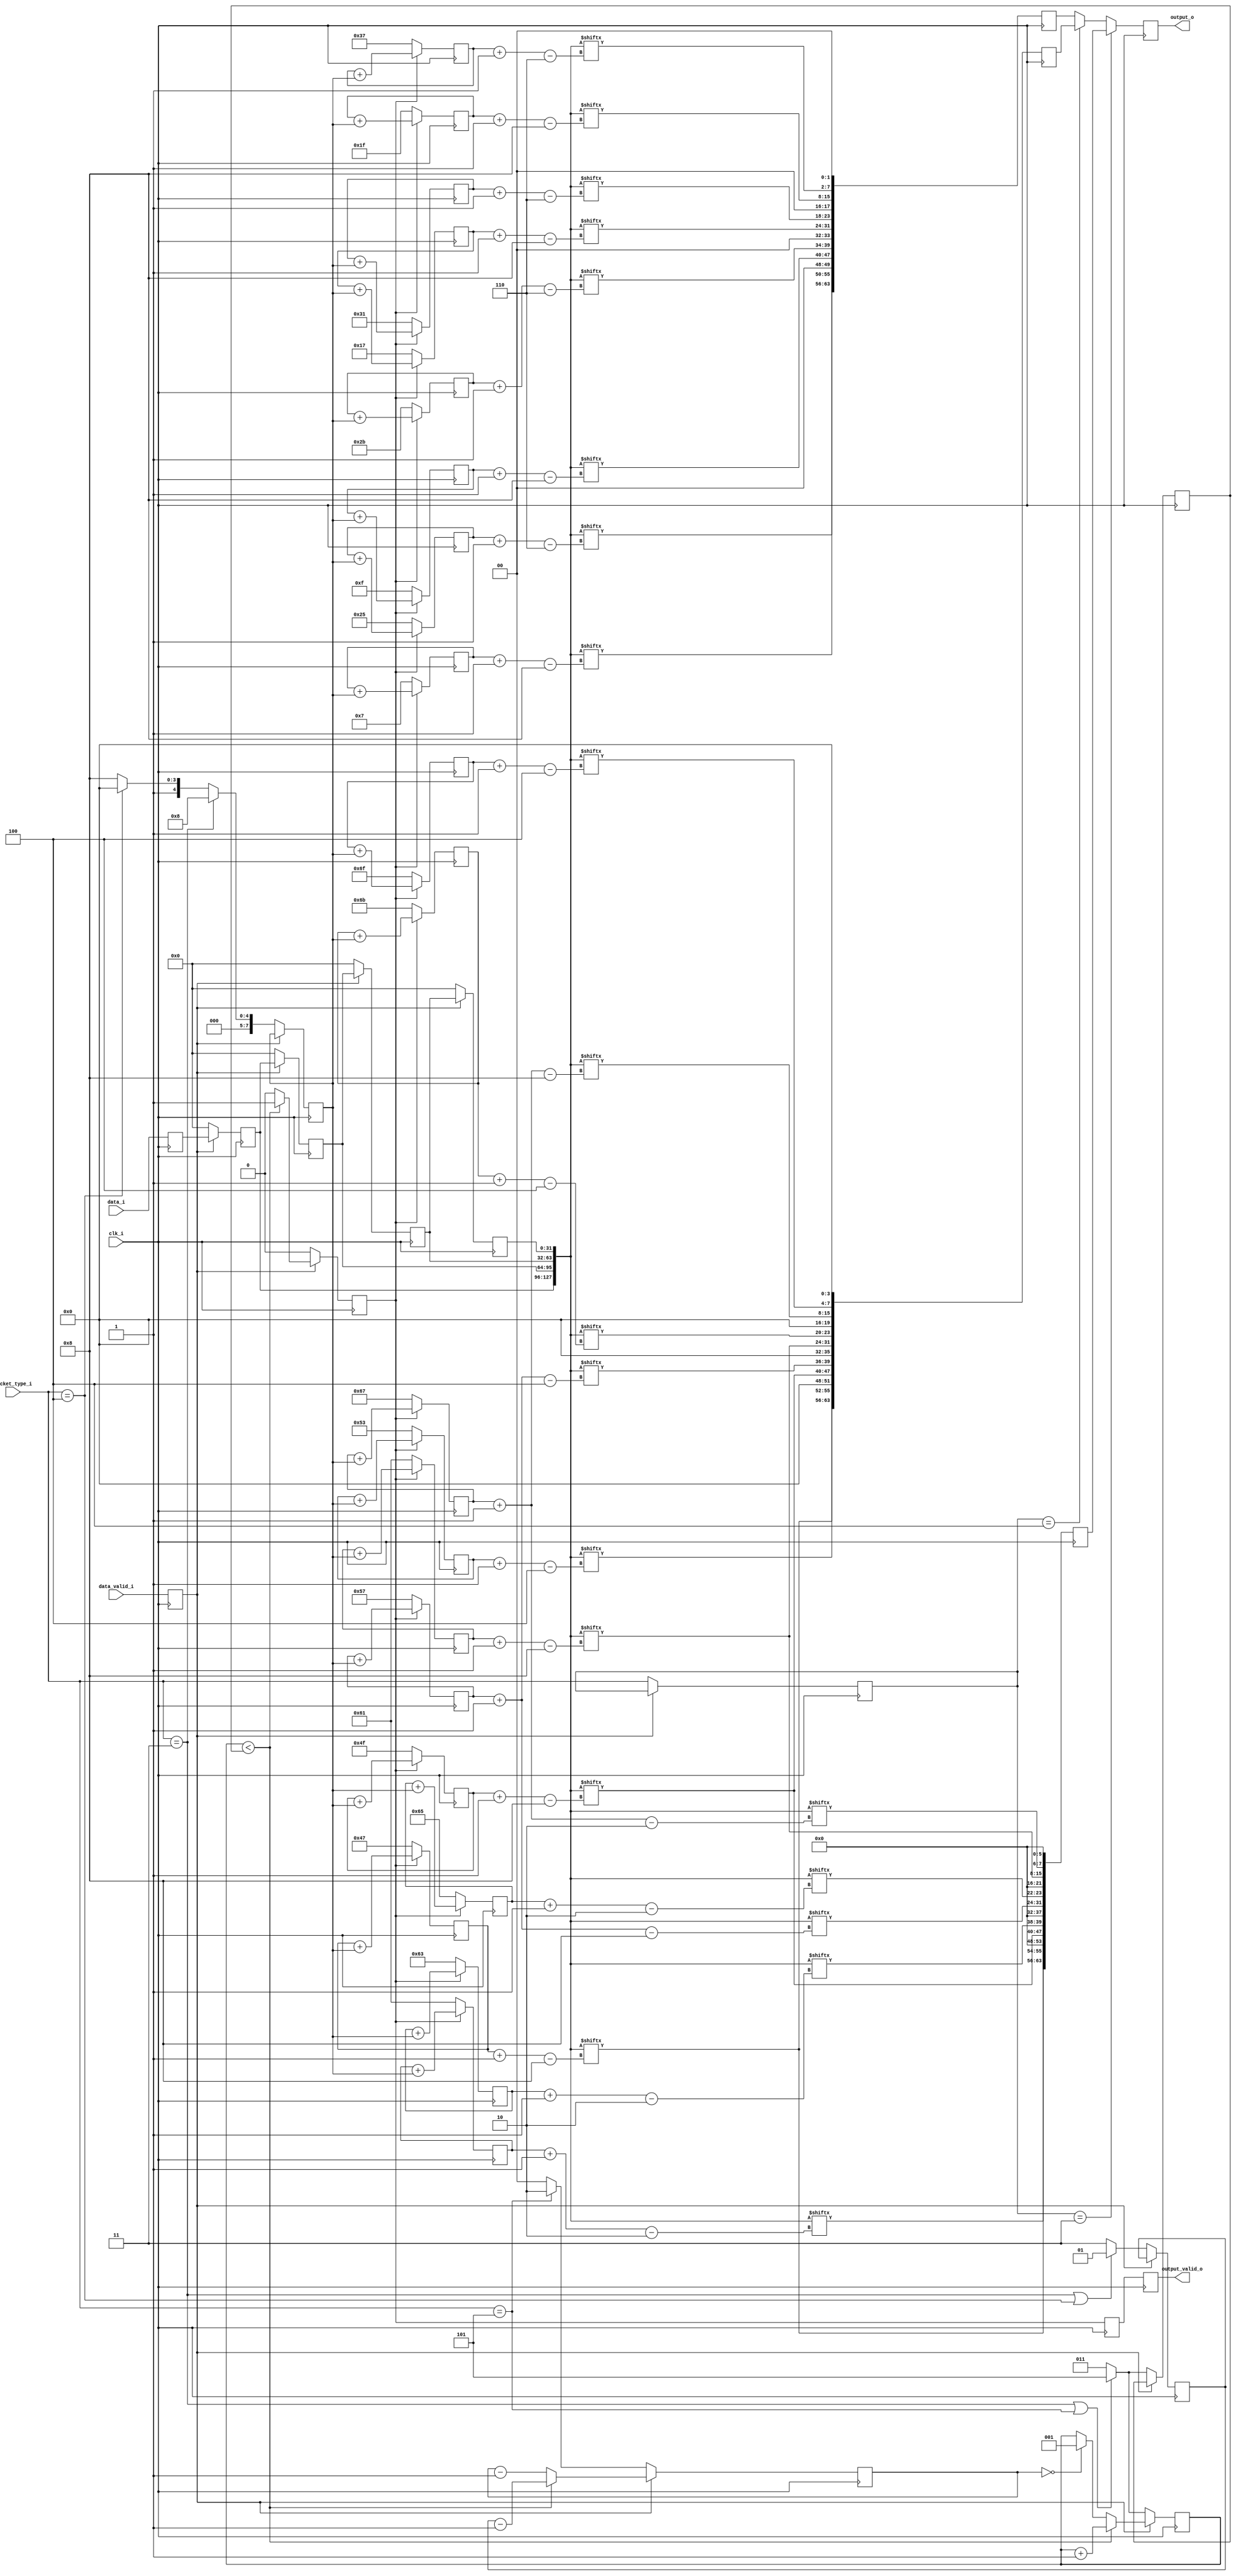
`timescale 1ns/1ns

/*
MIPI CSI RX to Parallel Bridge (c) by Gaurav Singh www.CircuitValley.com

MIPI CSI RX to Parallel Bridge is licensed under a
Creative Commons Attribution 3.0 Unported License.

You should have received a copy of the license along with this
work.  If not, see <http://creativecommons.org/licenses/by/3.0/>.
*/

/*
Receives 4 lane raw mipi bytes from packet decoder, rearrange bytes to output 4 pixel 10bit each 
output is one clock cycle delayed, because the way , MIPI RAW10 is packed 
output come in group of 5x40bit chunk on each clock cycle, output_valid_o remains active only while 20 pixel chunk is outputted 
*/

module mipi_rx_raw_depacker(	clk_i,
								data_valid_i,
								data_i,
								packet_type_i,
								output_valid_o,
								output_o);

localparam [2:0]TRANSFERS_PERCHUNK= 3'h5; // RAW 10 is packed <Sample0[9:2]> <Sample1[9:2]> <Sample2[9:2]> <Sample3[9:2]> <Sample0[1:0],Sample1[1:0],Sample2[1:0],Sample3[1:0]>
localparam [7:0]MIPI_CSI_PACKET_10bRAW = 8'h2B;
localparam [7:0]MIPI_CSI_PACKET_12bRAW = 8'h2C;
localparam [7:0]MIPI_CSI_PACKET_14bRAW = 8'h2D;

input clk_i;
input data_valid_i;
input [31:0]data_i;
input [2:0]packet_type_i;

output reg output_valid_o;
output reg [63:0]output_o; 

reg [7:0]offset;

reg [7:0]offset_7;
reg [7:0]offset_15;
reg [7:0]offset_23;
reg [7:0]offset_31;
reg [7:0]offset_37;
reg [7:0]offset_43;
reg [7:0]offset_49;
reg [7:0]offset_55;
reg [7:0]offset_71;
reg [7:0]offset_79;
reg [7:0]offset_83;
reg [7:0]offset_87;
reg [7:0]offset_95;
reg [7:0]offset_97;
reg [7:0]offset_99;
reg [7:0]offset_101;
reg [7:0]offset_103;
reg [7:0]offset_107;
reg [7:0]offset_111;
			
			
reg [2:0]byte_count;
reg [31:0]last_data_i[3:0];
reg [1:0]idle_count;

reg data_valid_reg;
reg [31:0]data_reg;
reg [7:0]offset_factor_reg;
reg [2:0]burst_length_reg;
reg [1:0]idle_length_reg;
reg [2:0]packet_type_reg;

wire [7:0]offset_factor;
wire [2:0]burst_length;
wire [1:0]idle_length;
wire [127:0]word;

reg [63:0]output_10b;
reg [63:0]output_12b;
reg [63:0]output_14b;
reg output_valid_reg;
reg output_valid_reg_2;

assign word = {last_data_i[0], last_data_i[1], last_data_i[2],last_data_i[3]}; //would need last bytes as well as current data to get full 4 pixel

assign offset_factor = (packet_type_i == (MIPI_CSI_PACKET_10bRAW & 8'h07))? 8'd8: (packet_type_i == (MIPI_CSI_PACKET_12bRAW & 8'h07))? 8'd16:8'd24;
					   
assign burst_length =  ((packet_type_i == (MIPI_CSI_PACKET_10bRAW & 8'h07)) || (packet_type_i == (MIPI_CSI_PACKET_14bRAW & 8'h07)))? 8'd5:8'd3;		   
						
assign idle_length =  ((packet_type_i == (MIPI_CSI_PACKET_10bRAW & 8'h07)) || (packet_type_i == (MIPI_CSI_PACKET_12bRAW & 8'h07)))? 2'd1: 2'd3;

reg [15:0]pixel_counter_depacker;

always @(posedge clk_i)
begin
	output_10b[63:48] <= 	{word [(offset_71) -:8], 	word [(offset_97) -:2]} << 6; 		//lane 1 	TODO:Reverify 
	output_10b[47:32] <= 	{word [(offset_79) -:8], 	word [(offset_99) -:2]} << 6;		
	output_10b[31:16] <= 	{word [(offset_87) -:8], 	word [(offset_101) -:2]} << 6;
	output_10b[15:0]  <= 	{word [(offset_95) -:8], 	word [(offset_103) -:2]} << 6;		//lane 4
	output_12b[63:48] <= 	{word [(offset_71) -:8], 	word [(offset_83) -:4]} << 4; 		//lane 1
	output_12b[47:32] <= 	{word [(offset_79) -:8], 	word [(offset_87) -:4]} << 4;
	output_12b[31:16] <= 	{word [(offset_95) -:8], 	word [(offset_107) -:4]} << 4;
	output_12b[15:0]  <= 	{word [(offset_103) -:8], 	word [(offset_111) -:4]} << 4;		//lane 4
	output_14b[63:48] <= 	{word [offset_7 -:8], 	word [(offset_37) -:6]} << 2; 		//lane 1
	output_14b[47:32] <= 	{word [offset_15 -:8], 	word [(offset_43) -:6]} << 2;
	output_14b[31:16] <= 	{word [offset_23 -:8], 	word [(offset_49) -:6]} << 2;
	output_14b[15:0]  <= 	{word [offset_31 -:8], 	word [(offset_55) -:6]} << 2;		//lane 4
	
	if (packet_type_reg == (MIPI_CSI_PACKET_10bRAW & 8'h07))
	begin
		output_o <= output_10b;
	end
	else if (packet_type_reg == (MIPI_CSI_PACKET_12bRAW & 8'h07))
	begin		
		output_o <= output_12b;
	end
	else // if (packet_type_i == (MIPI_CSI_PACKET_14bRAW & 8'h07))
	begin
		output_o <= output_14b;
	end
	
end


always @(posedge clk_i)
begin
	
		output_valid_reg_2 <= output_valid_reg;
		output_valid_o <= output_valid_reg_2;
		
		if (output_valid_reg)
		begin
			
			offset_7  <= offset_7 + offset_factor_reg;
			offset_15 <= offset_15 + offset_factor_reg;
			offset_23 <= offset_23 + offset_factor_reg;
			offset_31 <= offset_31 + offset_factor_reg;
			offset_37 <= offset_37 + offset_factor_reg;
			offset_43 <= offset_43 + offset_factor_reg;
			offset_49 <= offset_49 + offset_factor_reg;
			offset_55 <= offset_55 + offset_factor_reg;
			offset_71 <= offset_71 + offset_factor_reg;
			offset_79 <= offset_79 + offset_factor_reg;
			offset_83 <= offset_83 + offset_factor_reg;
			offset_87 <= offset_87 + offset_factor_reg;
			offset_95 <= offset_95 + offset_factor_reg;
			offset_97 <= offset_97 + offset_factor_reg;
			offset_99 <= offset_99 + offset_factor_reg;
			offset_101 <= offset_101 + offset_factor_reg;
			offset_103 <= offset_103 + offset_factor_reg;
			offset_107 <= offset_107 + offset_factor_reg;
			offset_111 <= offset_111 + offset_factor_reg;
			
		end
		else
		begin
			offset_7  <= 8'd7;
			offset_15 <= 8'd15;
			offset_23 <= 8'd23;
			offset_31 <= 8'd31;
			offset_37 <= 8'd37;
			offset_43 <= 8'd43;
			offset_49 <= 8'd49;
			offset_55 <= 8'd55;
			offset_71 <= 8'd71;
			offset_79 <= 8'd79;
			offset_83 <= 8'd83;
			offset_87 <= 8'd87;
			offset_95 <= 8'd97;
			offset_97 <= 8'd97;
			offset_99 <= 8'd99;
			offset_101 <= 8'd101;
			offset_103 <= 8'd103;
			offset_107 <= 8'd107;
			offset_111 <= 8'd111;
		end
end

always @(posedge clk_i )//or negedge data_valid_reg)
begin
	
	if (data_valid_reg)
	begin

		
		last_data_i[0] <= data_reg;
		last_data_i[1] <= last_data_i[0];
		last_data_i[2] <= last_data_i[1];
		last_data_i[3] <= last_data_i[2];
		pixel_counter_depacker <= pixel_counter_depacker + 1'b1;
		//RAW 10 , Byte1 -> Byte2 -> Byte3 -> Byte4 -> [ LSbB1[1:0] LSbB2[1:0] LSbB3[1:0] LSbB4[1:0] ]
		

		if (byte_count < (burst_length_reg))
		begin
			byte_count <= byte_count + 1'd1;
			idle_count <= idle_length_reg - 1'b1;			
			
			output_valid_reg <= 1'b1;
			
		end
		else
		begin
			idle_count <= idle_count - 1'b1;
			if (!idle_count)
			begin
				byte_count <= 4'b1;		//set to 1 to enable output_valid_o with next edge
			end

			output_valid_reg <= 1'h0;
		end


	end
	else
	begin
		pixel_counter_depacker <= 0; 
		last_data_i[0] <= 32'h0;
		last_data_i[1] <= 32'h0;
		last_data_i[2] <= 32'h0;
		last_data_i[3] <= 32'h0;

		
		byte_count <= burst_length;

		if (packet_type_i == (MIPI_CSI_PACKET_14bRAW & 8'h07))		// for 14bit need to wait for 3 sample while 12bit and 10bit only need 1 sample delay
		begin
			idle_count <= 3'd2;
		end
		else
		begin 
			idle_count <= 3'b0;	//need to be zero to wait for 1 sample after data become valid	
		end
		
		output_valid_reg <= 1'h0;
		offset_factor_reg <= offset_factor;
		burst_length_reg <= burst_length;
		idle_length_reg <= idle_length;
		packet_type_reg <= packet_type_i;
	end
end

always @(posedge clk_i)
begin
		data_valid_reg <= data_valid_i;
		data_reg <= data_i;

end
endmodule